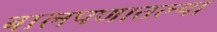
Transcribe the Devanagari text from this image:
बालपणातल्या